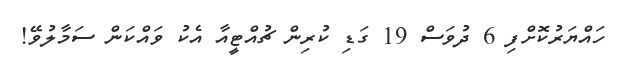
ހައްޔަރުކޮށްފި 6 ދުވަސް 19 ގަޑި ކުރިން ޗުއްޓީއާ އެކު ވައްކަން ސަމާލުވޭ!